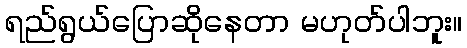
ရည်ရွယ်ပြောဆိုနေတာ မဟုတ်ပါဘူး။